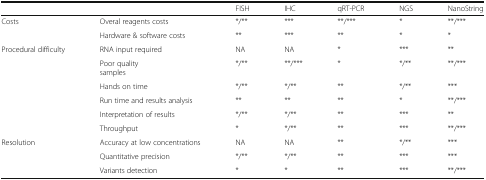
|  |  | FISH | IHC | qRT-PCR | NGS | NanoString |
 | --- | --- | --- | --- | --- | --- | --- |
 | Costs | Overal reagents costs | */** | *** | **/*** | * | **/*** |
 |  | Hardware & software costs | ** | *** | ** | * | * |
 | Procedural difficulty | RNA input required | NA | NA | * | *** | ** |
 |  | Poor qualitysamples | */** | **/*** | * | */** | **/*** |
 |  | Hands on time | */** | */** | ** | */** | *** |
 |  | Run time and results analysis | ** | ** | ** | * | **/*** |
 |  | Interpretation of results | */** | */** | ** | *** | ** |
 |  | Throughput | * | */** | ** | *** | **/*** |
 | Resolution | Accuracy at low concentrations | NA | NA | ** | */** | *** |
 |  | Quantitative precision | */** | */** | ** | *** | *** |
 |  | Variants detection | * | * | ** | *** | **/*** |